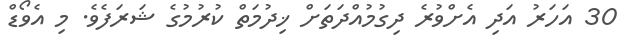
30 އަހަރު އަދި އެށްވުރެ ދިގުމުއްދަތަށް ޚިދުމަތް ކުރުމުގެ ޝަރަފެވެ. މި އެވޯޑް